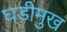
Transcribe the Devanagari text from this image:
घड़ीमुख